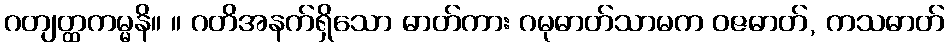
ဂတျတ္ထကမ္မနိ။ ။ ဂတိအနက်ရှိသော ဓာတ်ကား ဂမုဓာတ်သာမက ဝဇဓာတ်, ကသဓာတ်